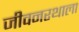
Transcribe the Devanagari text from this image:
जीवनरथाला